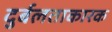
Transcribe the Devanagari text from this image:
दुर्बलताकारक